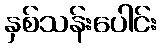
နှစ်သန်းပေါင်း